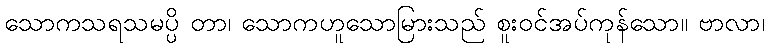
သောကသရသမပ္ပိ တာ၊ သောကဟူသောမြားသည် စူးဝင်အပ်ကုန်သော။ ဗာလာ၊